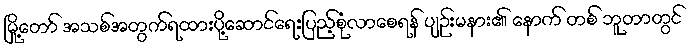
မြို့တော် အသစ်အတွက်ရထားပို့ဆောင်ရေးပြည့်စုံလာစေရန် ပျဉ်းမနား၏ နောက် တစ် ဘူတာတွင်